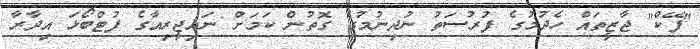
"ފޭކް" ޖާޒީތައް ހެދުމުގެ ފުރުސަތު ނުދިނުމުގެ ގޮތުން ކަމަށް ނައިޖީރިއާގެ ފުޓްބޯޅަ އިދާރާ